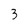
Character: 3